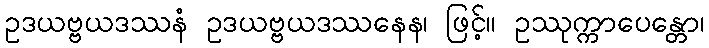
ဥဒယဗ္ဗယဒဿနံ ဥဒယဗ္ဗယဒဿနေန၊ ဖြင့်။ ဥဿုက္ကာပေန္တော၊